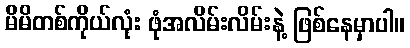
မိမိတစ်ကိုယ်လုံး ဖုံအလိမ်းလိမ်းနဲ့ ဖြစ်နေမှာပါ။